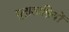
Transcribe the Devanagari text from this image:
मुद्राशास्त्रियों